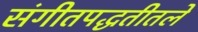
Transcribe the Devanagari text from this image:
संगीतपद्धतीतले